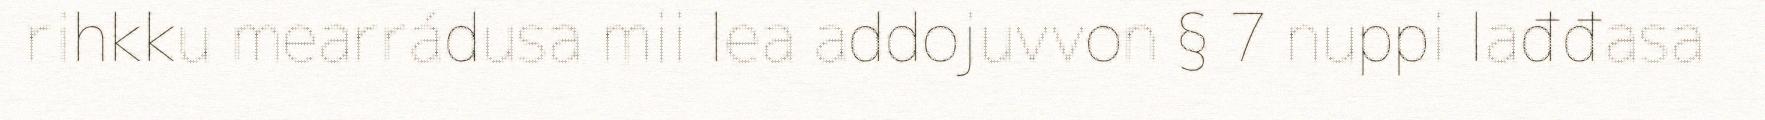
rihkku mearrádusa mii lea addojuvvon § 7 nuppi lađđasa